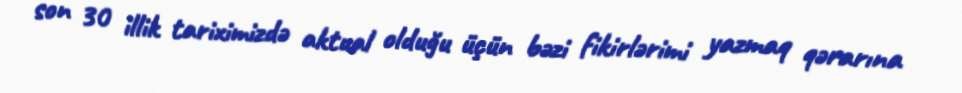
son 30 illik tariximizdə aktual olduğu üçün bəzi fikirlərimi yazmaq qərarına